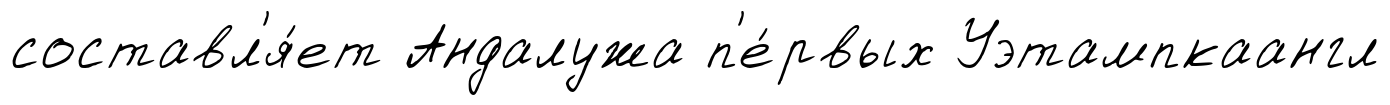
составл'я́ет Андалужа п'е́рвых Уэтампкаангл